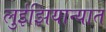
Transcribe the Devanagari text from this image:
लुईझियान्यात